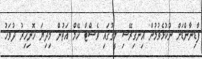
ފާޑިނާންޑަށް ނުކުޅެވުމުން އިނގިރޭސި ލީގުގައި ވެސްޓް ހޭމް އަތުން މިދިޔަ ހޮނިހިރު ދުވަހު